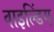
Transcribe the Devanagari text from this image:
वाइल्डिंग